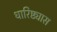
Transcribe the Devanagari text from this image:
धारिष्ट्यास